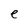
Character: e